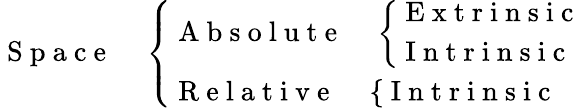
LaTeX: \mathrm{~S~p~a~c~e~}\quad\left\{ \begin{array}{l}{\mathrm{~A~b~s~o~l~u~t~e~}\quad\left\{ \begin{array}{l}{\mathrm{~E~x~t~r~i~n~s~i~c~}}\\ {\mathrm{~I~n~t~r~i~n~s~i~c~}}\end{array}\right.}\\ {\mathrm{~R~e~l~a~t~i~v~e~}\quad\left\{ \mathrm{~I~n~t~r~i~n~s~i~c~}\right.}\end{array}\right.